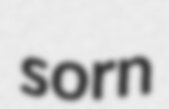
sorn